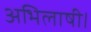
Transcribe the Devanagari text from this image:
अभिलाषी।